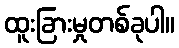
ထူးခြားမှုတစ်ခုပါ။